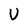
Character: U